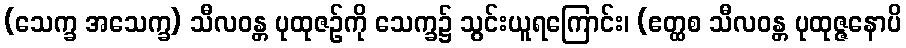
(သေက္ခ အသေက္ခ) သီလဝန္တ ပုထုဇဉ်ကို သေက္ခ၌ သွင်းယူရကြောင်း၊ (ဧတ္ထစ သီလဝန္တ ပုထုဇ္ဇနောပိ